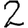
Digit: 2